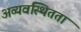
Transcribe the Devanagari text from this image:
अव्यवस्थितता